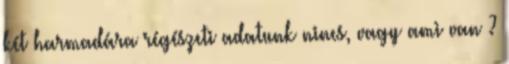
két harmadára régészeti adatunk nincs, vagy ami van ?